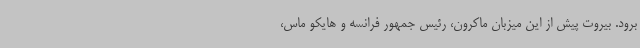
برود. بیروت پیش از این میزبان ماکرون، رئیس جمهور فرانسه و هایکو ماس،